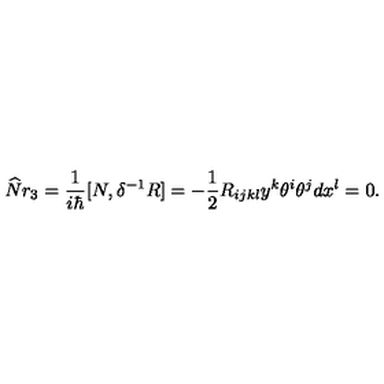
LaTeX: \widehat { N } r _ { 3 } = \frac 1 { i \hbar } [ N , \delta ^ { - 1 } R ] = - \frac 1 2 R _ { i j k l } y ^ { k } \theta ^ { i } \theta ^ { j } d x ^ { l } = 0 .